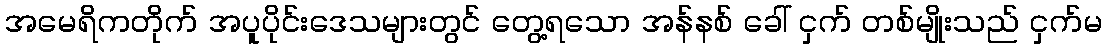
အမေရိကတိုက် အပူပိုင်းဒေသများတွင် တွေ့ရသော အန်နစ် ခေါ် ငှက် တစ်မျိုးသည် ငှက်မ